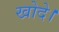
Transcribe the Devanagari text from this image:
खोदे।